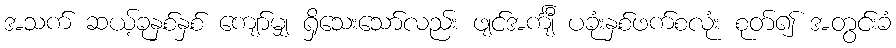
အသက် ဆယ့်ခုနှစ်နှစ် ကျော်မျှ ရှိသေးသော်လည်း ဖျင်အင်္ကျီ ပခုံးနှစ်ဖက်စလုံး စုတ်၍ အတွင်းခံ